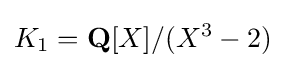
K_{1}=\mathbf {Q} [X]/(X^{3}-2)